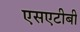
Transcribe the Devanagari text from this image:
एसएटीबी